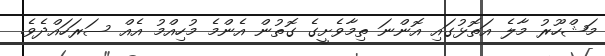
މަޝްހޫރު މާލެ އަތޮޅުގައި އޮންނަ ތިމާވެށީގެ ގޮތުން އެންމެ މުހިއްމު އެއް ސަރަހައްދެވެ.